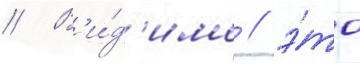
// В'и́д'имо / э́то